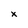
Character: x